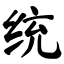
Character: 统